Annual report on the lock hospitals of the Madras Presidency
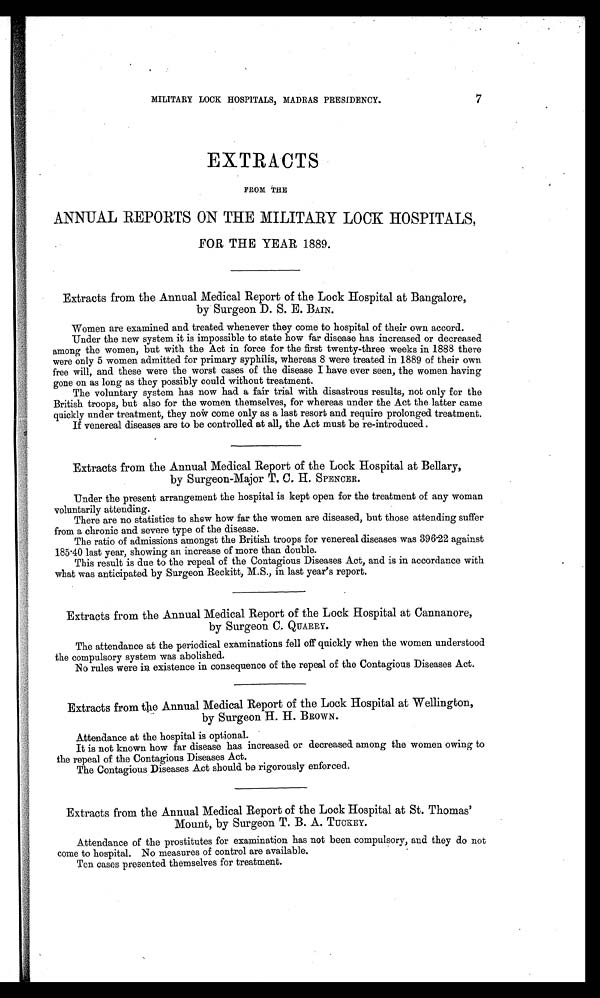
MILITARY LOCK HOSPITALS, MADRAS PRESIDENCY.
7
EXTRACTS
FROM THE
ANNUAL REPORTS ON THE MILITARY LOCK HOSPITALS,
FOR THE YEAR 1889.
Extracts from the Annual Medical Report of the Lock Hospital at Bangalore,
by Surgeon D. S. E. BAIN.
Women are examined and treated whenever they come to hospital of their own accord.
Under the new system it is impossible to state how far disease has increased or decreased
among the women, but with the Act in force for the first twenty-three weeks in 1888 there
were only 5 women admitted for primary syphilis, whereas 8 were treated in 1889 of their own
free will, and these were the worst cases of the disease I have ever seen, the women having
gone on as long as they possibly could without treatment.
The voluntary system has now had a fair trial with disastrous results, not only for the
British troops, but also for the women themselves, for whereas under the Act the latter came
quickly under treatment, they now come only as a last resort and require prolonged treatment.
If venereal diseases are to be controlled at all, the Act must be re-introduced .
Extracts from the Annual Medical Report of the Lock Hospital at Bellary,
by Surgeon-Major T. C. H. SPENCER.
Under the present arrangement the hospital is kept open for the treatment of any woman
voluntarily attending.
There are no statistics to show how far the women are diseased, but those attending suffer
from a chronic and severe type of the disease.
The ratio of admissions amongst the British troops for venereal diseases was 396.22 against
185.40 last year, showing an increase of more than double.
This result is due to the repeal of the Contagious Diseases Act, and is in accordance with
what was anticipated by Surgeon Reckitt, M.S., in last year's report.
Extracts from the Annual Medical Report of the Lock Hospital at Cannanore,
by Surgeon C. QUARRY.
The attendance at the periodical examinations fell off quickly when the women understood
the compulsory system was abolished.
N o rules were in existence in consequence of the repeal of the Contagious Diseases Act.
Extracts from the Annual Medical Report of the Lock Hospital at Wellington,
by Surgeon H. H. BROWN.
Attendance at the hospital is optional.
It is not known how far disease has increased or decreased among the women owing to
the repeal of the Contagious Diseases Act.
The Contagious Diseases Act should be rigorously enforced.
Extracts from the Annual Medical Report of the Lock Hospital at St. Thomas'
Mount, by Surgeon T. B. A. TUCKEY.
.Attendance of the prostitutes for examination has not been compulsory, and they do not
come to hospital. No measures of control are available.
Ten cases presented themselves for treatment.